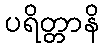
ပရိတ္တာနိ